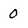
Character: 0